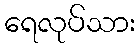
ရေလုပ်သား